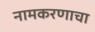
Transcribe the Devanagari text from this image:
नामकरणाचा